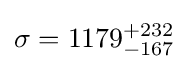
\sigma =1179_{-167}^{+232}